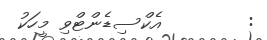
:        އެކްސިޑެންޓްވި މީހަކު